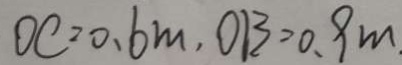
O C = 0 . 6 m , O B = 0 . 9 m